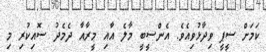
ކަމަށް ސީޕީ ވިދާޅުވިއެވެ. އެންސީބީ މާލެ އާއި މީރާއާ ދެމެދު ސޮއިކުރި މި